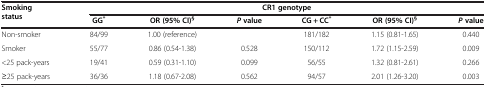
| <ROWSPAN=2> Smoking status | <COLSPAN=6> CR1 genotype |
 | GG* | OR (95% CI)§ | P value | CG + CC* | OR (95% CI)§ | P value |
 | --- | --- | --- | --- | --- | --- | --- |
 | Non-smoker | 84/99 | 1.00 (reference) |  | 181/182 | 1.15 (0.81-1.65) | 0.440 |
 | Smoker | 55/77 | 0.86 (0.54-1.38) | 0.528 | 150/112 | 1.72 (1.15-2.59) | 0.009 |
 | <25 pack-years | 19/41 | 0.59 (0.31-1.10) | 0.099 | 56/55 | 1.32 (0.81-2.61) | 0.266 |
 | ≥25 pack-years | 36/36 | 1.18 (0.67-2.08) | 0.562 | 94/57 | 2.01 (1.26-3.20) | 0.003 |